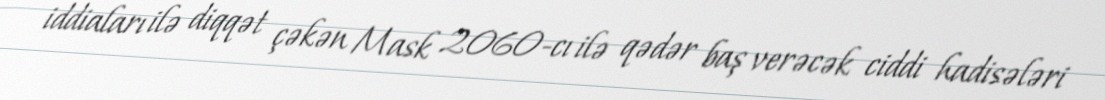
iddiaları ilə diqqət çəkən Mask 2060-cı ilə qədər baş verəcək ciddi hadisələri